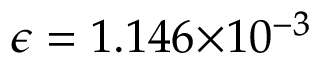
{ \epsilon } = 1 . 1 4 6 { \times } 1 0 ^ { - 3 }